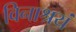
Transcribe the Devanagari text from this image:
विनाश्रयं